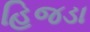
હિજડા